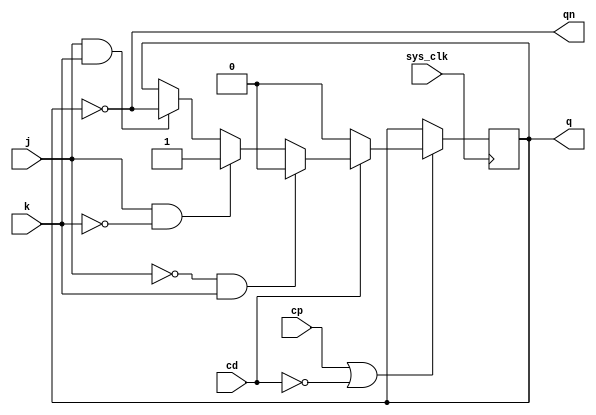
module fjk2
(
	output	q,
	output	qn,
	input		j,
	input		k,
	input		cp,
	input		cd,
	input	sys_clk
);

reg	data = 1'b0;

assign q = data;
assign qn = ~data;

// always @(posedge cp or negedge cd)
always @(posedge sys_clk)
begin
	if (cp | (~cd)) begin
		if (~cd) begin
			data <= 1'b0;
		end else begin
			if (~j & k) begin
				data <= 1'b0;
			end else if (j & ~k) begin
				data <= 1'b1;
			end else if (j & k) begin
				data <= ~data;
			end
		end
	end
end

endmodule